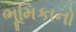
ભૂમિકાનો